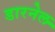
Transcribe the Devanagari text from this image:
डारनेल